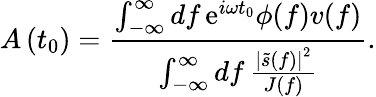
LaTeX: A\left(t_{0}\right)=\frac{\int_{-\infty}^{\infty}\mathop{df}\mathrm{e}^{i\omega t_{0}}\phi(f)v(f)}{\int_{-\infty}^{\infty}\mathop{df}\frac{\left|\tilde{s}(f)\right|^{2}}{J(f)}}.